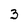
Character: 3